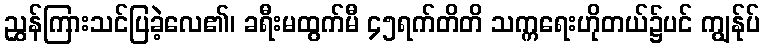
ညွှန်ကြားသင်ပြခဲ့လေ၏၊ ခရီးမထွက်မီ ၄၅ရက်တိတိ သက္ကရေးဟိုတယ်၌ပင် ကျွန်ုပ်